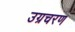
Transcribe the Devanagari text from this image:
उग्रचरण